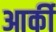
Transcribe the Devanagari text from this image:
आर्की